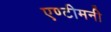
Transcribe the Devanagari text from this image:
एण्टीमनी